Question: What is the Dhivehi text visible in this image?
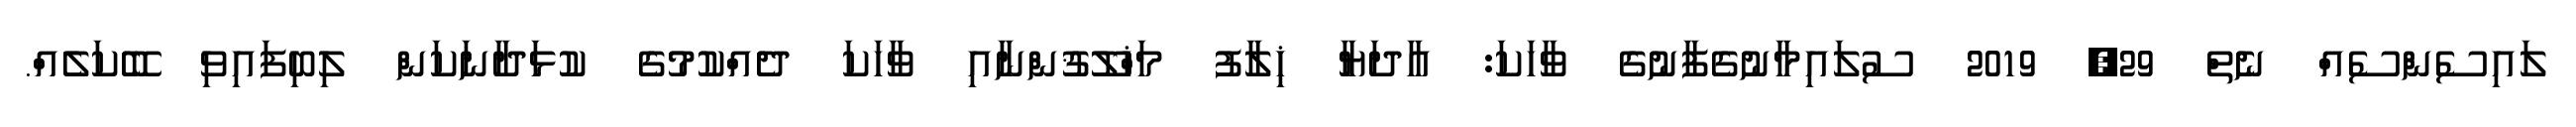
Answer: ލައިސެންސެއް ނެތް 29, 2019 ސުލައިމާނުގެފާނުގެ ވާހަކަ: އާދަޔާ ޚިލާފު މަޚްލޫޤުންނާއި ވާހަކަ ދެއްކުމުގެ ކުޅަދާނަކަން ލިބިފައިވި ބޭކަލެއް.